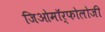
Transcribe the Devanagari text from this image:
जिओमॉर्फोलोजी